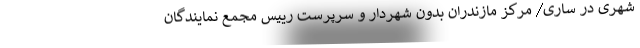
شهری در ساری/ مرکز مازندران بدون شهردار و سرپرست رییس مجمع نمایندگان